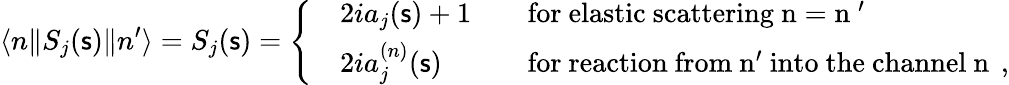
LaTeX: \langle n\| S_{j}({\mathsf s})\| n^{\prime}\rangle=S_{j}({\mathsf s})=\left\{ \begin{array}{lll}{{}}&{{2ia_{j}({\mathsf s})+1\quad}}&{{\mathrm{for~elastic~scattering~n=n~^{\prime}~}}}\\ {{}}&{{2ia_{j}^{(n)}({\mathsf s})\quad}}&{{\mathrm{for~reaction~from~n^{\prime}~into~the~channel~n~}\, ,}}\end{array}\right.